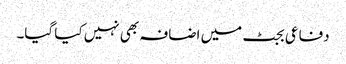
دفاعی بجٹ میں اضافہ بھی نہیں کیا گیا۔